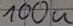
Text: 100u